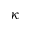
\kappa